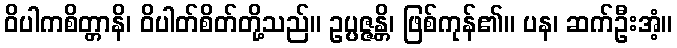
ဝိပါကစိတ္တာနိ၊ ဝိပါတ်စိတ်တို့သည်။ ဥပ္ပဇ္ဇန္တိ၊ ဖြစ်ကုန်၏။ ပန၊ ဆက်ဦးအံ့။